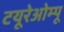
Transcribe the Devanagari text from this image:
टयूरेओम्पू